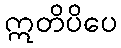
ဣတိပိပေ